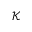
\mathcal { K }